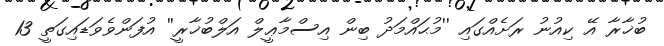
ބުޚާރާ އޭ ކިއުނު ރަށެއްގައި ''މުޙައްމަދު ބިން އިސްމާޢީލް އަލްބުޚާރީ'' އުފަންވެވަޑައިގަތީ 13